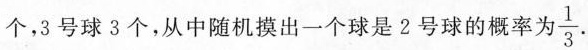
个，3号球3个，从中随机摸出一个球是2号球的概率为\frac{1}{3} .